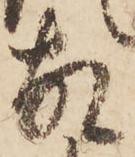
故